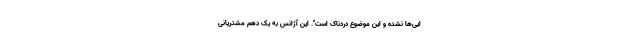
ایی‌ها نشده و این موضوع دردناک است". این آژانس به یک دهم مشتریانی